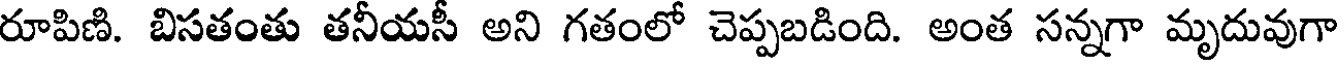
రూపిణి. బిసతంతు తనీయసీ అని గతంలో చెప్పబడింది. అంత సన్నగా మృదువుగా